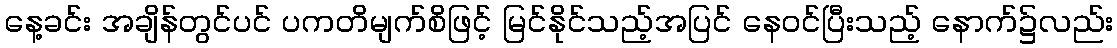
နေ့ခင်း အချိန်တွင်ပင် ပကတိမျက်စိဖြင့် မြင်နိုင်သည့်အပြင် နေဝင်ပြီးသည့် နောက်၌လည်း